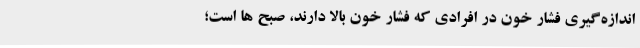
اندازه‌گیری فشار خون در افرادی که فشار خون بالا دارند، صبح ها است؛